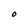
Character: O